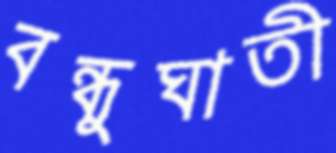
বন্ধুঘাতী